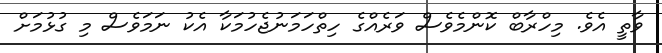
ވާތީ އެވެ. މިހްރާބް ކޮންމެވެސް ވަރެއްގެ ހިތްހަމަނުޖެހުމަކާ އެކު ނަމަވެސް މި ގުޅުމަށް